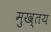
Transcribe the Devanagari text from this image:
मुख्तय